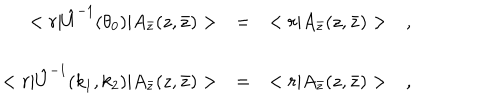
\begin{array} { r c l } { { < r | \hat { U } ^ { - 1 } ( \theta _ { 0 } ) | A _ { \bar { z } } ( z , \bar { z } ) > } } & { { = } } & { { < r | A _ { \bar { z } } ( z , \bar { z } ) > \ \ \ , } } \\ { { } } & { { } } & { { } } \\ { { < r | \hat { U } ^ { - 1 } ( k _ { 1 } , k _ { 2 } ) | A _ { \bar { z } } ( z , \bar { z } ) > } } & { { = } } & { { < r | A _ { \bar { z } } ( z , \bar { z } ) > \ \ \ , } } \\ \end{array}